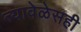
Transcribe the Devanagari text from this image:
त्यावेळेसही